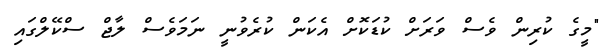
"މީގެ ކުރިން ވެސް ވަރަށް ކުޑަކޮށް އެކަން ކުރެވުނީ ނަމަވެސް ލާޖް ސްކޭލްގައި